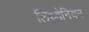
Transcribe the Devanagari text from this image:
लिथ्वेनियन